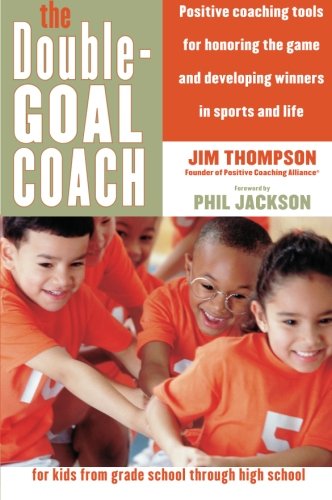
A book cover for The Double-Goal Coach: Positive Coaching Tools for Honoring the Game and Developing Winners in Sports and Life (Harperresource Book); Jim Thompson; Sports & Outdoors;